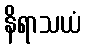
နိရာသယံ